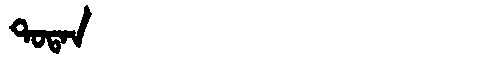
Manchu: ᡨᠣᡨᠠᠨ
Romanization: TOTAN